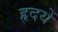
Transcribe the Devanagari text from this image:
हृदयें